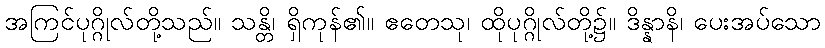
အကြင်ပုဂ္ဂိုလ်တို့သည်။ သန္တိ၊ ရှိကုန်၏။ ဧတေသု၊ ထိုပုဂ္ဂိုလ်တို့၌။ ဒိန္နာနိ၊ ပေးအပ်သော